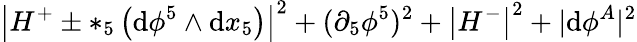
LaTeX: \left|H^{+}\pm*_{5}\left(\mathrm{d}\phi^{5}\wedge\mathrm{d}x_{5}\right)\right|^{2}+(\partial_{5}\phi^{5})^{2}+\left|H^{-}\right|^{2}+|\mathrm{d}\phi^{A}|^{2}